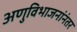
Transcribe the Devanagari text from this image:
अणुविभाजनांनंतर